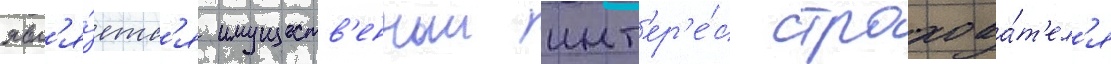
явл'я́етс'я имуществ'енныи инт'ер'е́с страхова́т'ел'я